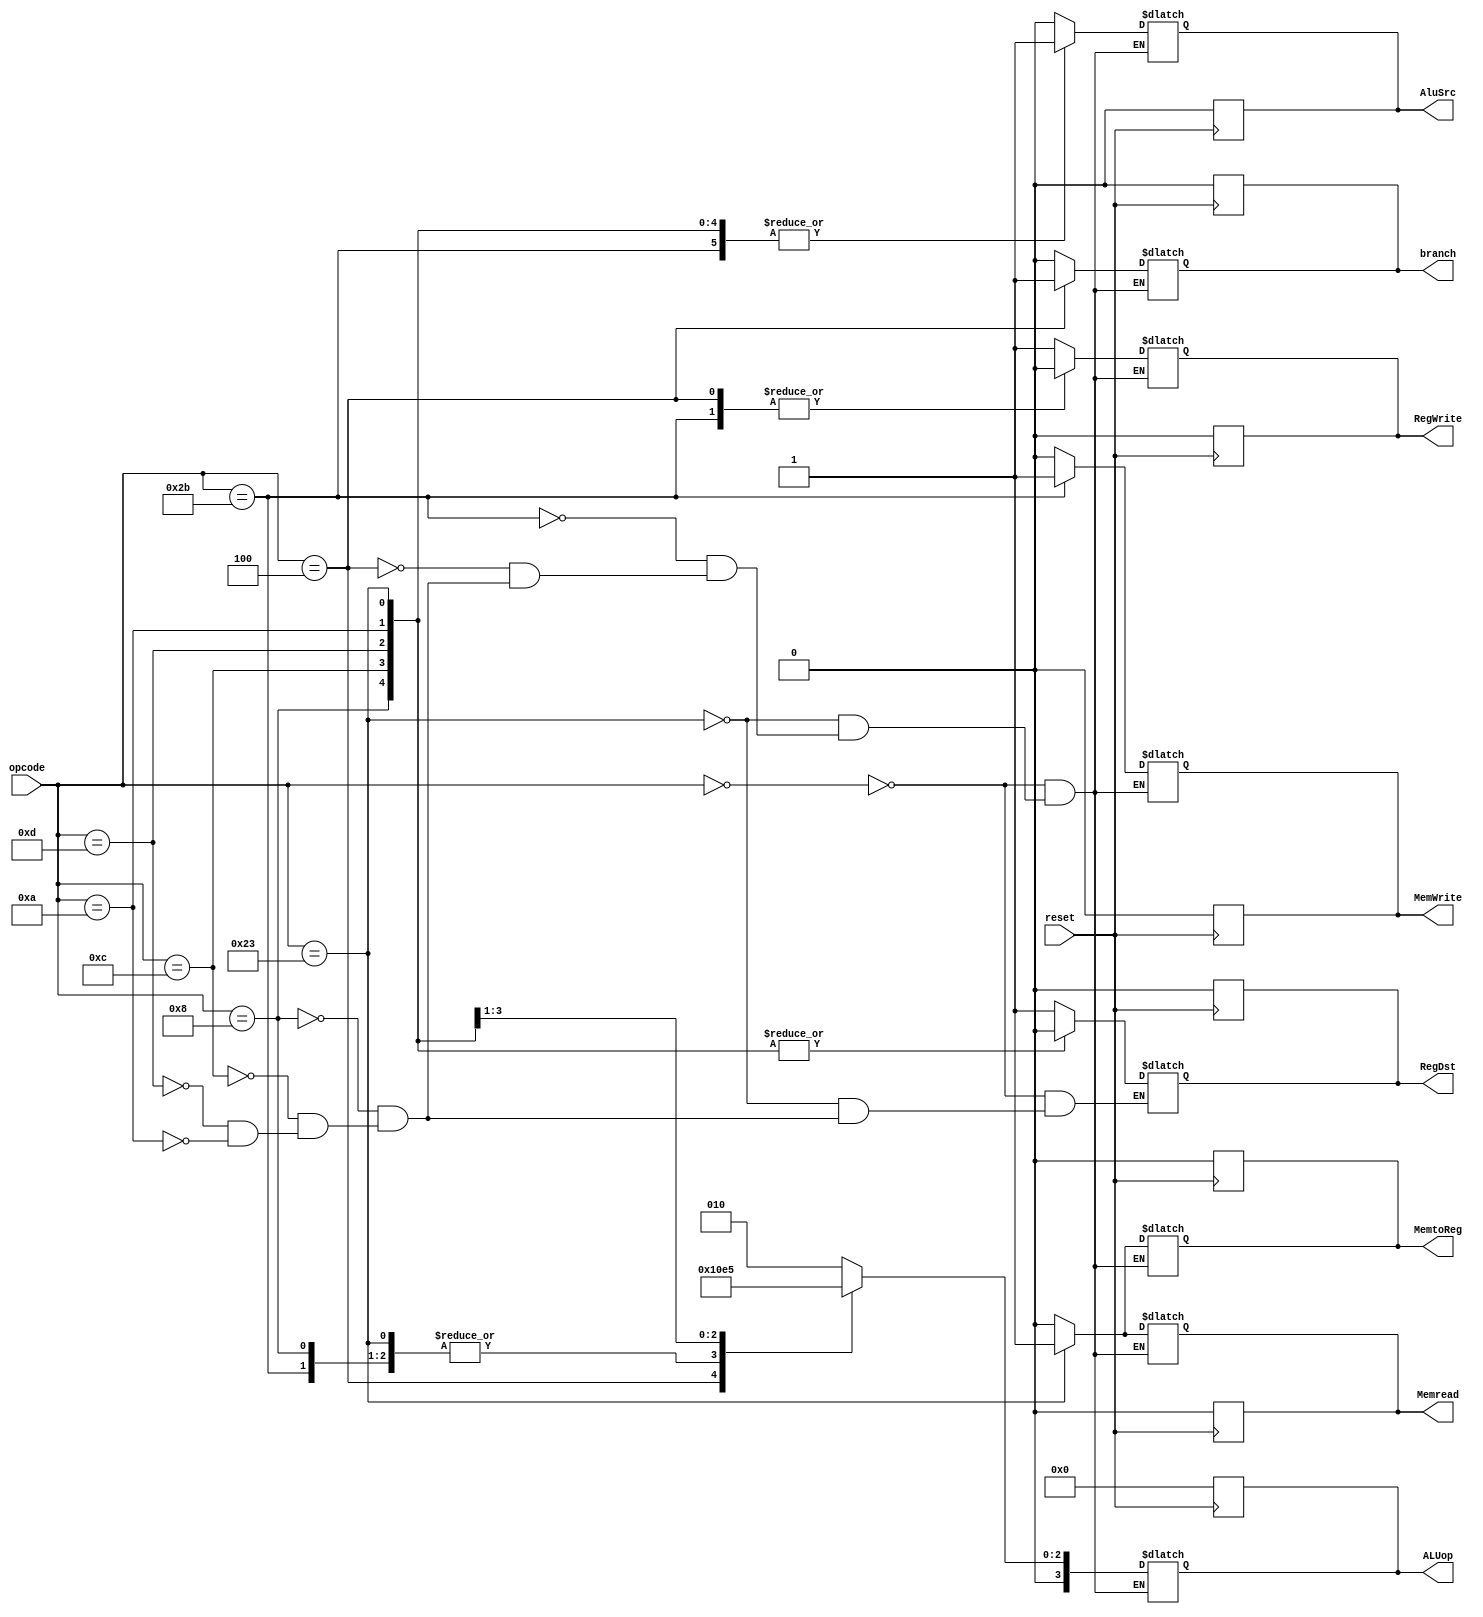
module ControlUnit (opcode,RegDst,branch,Memread,MemtoReg,ALUop,MemWrite,AluSrc,RegWrite, reset);
  
  input [5:0] opcode;
  input reset;
  output reg RegDst,branch,Memread,MemtoReg,MemWrite,AluSrc,RegWrite;
  output reg [3:0] ALUop;
  
  
  parameter R_type=6'b000000;
  parameter lw=6'b100011;
  parameter sw=6'b101011;
  parameter beq=6'b000100;
  parameter addi = 6'b001000; //aluop same as sw and lw
  parameter andi = 6'b001100; //aluop 0011
  parameter ori = 6'b001101;//aluop 0100
  parameter slti = 6'b001010;//aluop 0101

  always @(posedge reset)
  begin
   RegDst <= 1'b0;
   branch <= 1'b0;
   Memread <= 1'b0;
   MemtoReg <= 1'b0;
   ALUop <= 4'b0000;
   MemWrite <= 1'b0;
   AluSrc <= 1'b0;
   RegWrite <= 1'b0;
  end

  always@(opcode)
    begin
      case (opcode)

        R_type:           

          begin
          RegDst<=1 ;
          branch<=0 ;
          Memread<=0 ;
          MemtoReg<=0 ;
          MemWrite<=0 ;
          AluSrc<=0 ;
          RegWrite<=1 ;
          ALUop<=4'b0010 ;
          end
          
          
        
        lw:           

          begin
          RegDst<=0 ;
          branch<=0 ;
          Memread<=1 ;
          MemtoReg<=1 ;
          MemWrite<=0 ;
          AluSrc<=1 ;
          RegWrite<=1 ;
          ALUop<=4'b0000 ;
          end
         
        
        sw:           

          begin
          //RegDst<=1'bx ;
          branch<=0 ;
          Memread<=0 ;
          MemtoReg<=0 ;
          MemWrite<=1 ;
          AluSrc<=1 ;
          RegWrite<=0 ;
          ALUop<=4'b0000 ;
          end
          
        beq:           

          begin
          //RegDst<=1'bx ;
          branch<= 1;
          Memread<=0 ;
          MemtoReg<=0 ;
          MemWrite<=0 ;
          AluSrc<=0 ;
          RegWrite<=0 ;
          ALUop<=4'b0001 ;
          end

	addi:           

          begin
          RegDst<=0 ;
          branch<=0 ;
          Memread<=0 ;
          MemtoReg<=0 ;
          MemWrite<=0 ;
          AluSrc<=1 ;
          RegWrite<=1 ;
          ALUop<=4'b0000 ;
          end

	andi:           

          begin
          RegDst<=0 ;
          branch<=0 ;
          Memread<=0 ;
          MemtoReg<=0 ;
          MemWrite<=0 ;
          AluSrc<=1 ;
          RegWrite<=1 ;
          ALUop<=4'b0011 ;
          end

	ori:           

          begin
          RegDst<=0 ;
          branch<=0 ;
          Memread<=0 ;
          MemtoReg<=0 ;
          MemWrite<=0 ;
          AluSrc<=1 ;
          RegWrite<=1 ;
          ALUop<=4'b0100 ;
          end

	slti:           

          begin
          RegDst<=0 ;
          branch<=0 ;
          Memread<=0 ;
          MemtoReg<=0 ;
          MemWrite<=0 ;
          AluSrc<=1 ;
          RegWrite<=1 ;
          ALUop<=4'b0101 ;
          end

      endcase
      
    end
  
  
endmodule